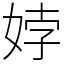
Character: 㛘